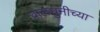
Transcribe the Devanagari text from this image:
वालधुनीच्या